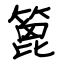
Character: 篦